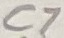
Text: C7